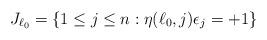
LaTeX: \begin{align*}J_{\ell_0} = \{1\le j \le n : \eta(\ell_0,j)\epsilon_j = +1\}\,\end{align*}